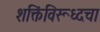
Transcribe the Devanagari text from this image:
शक्तिंविरूध्दचा